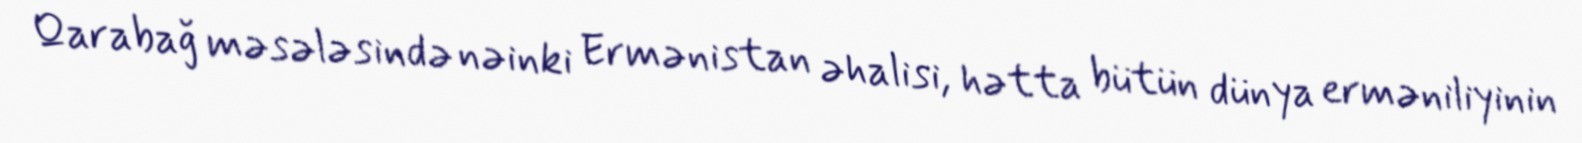
Qarabağ məsələsində nəinki Ermənistan əhalisi, hətta bütün dünya erməniliyinin